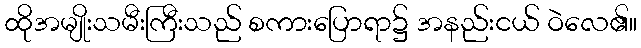
ထိုအမျိုးသမီးကြီးသည် စကားပြောရာ၌ အနည်းငယ် ဝဲလေ၏။